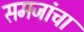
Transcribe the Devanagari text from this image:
समजांचा